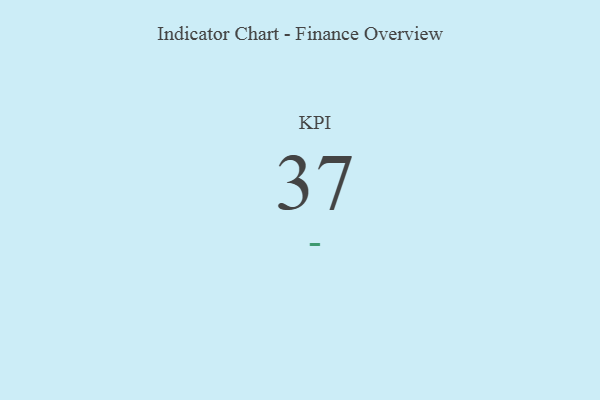
{"axis": {"x": "KPI", "y": "Value"}, "legend": [""], "data": [{"x": "KPI", "y": 37, "type": ""}]}